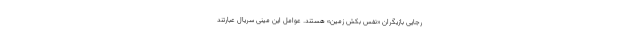
رجایی بازیگران «نفس بکش زمین» هستند. عوامل این مینی سریال عبارتند